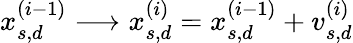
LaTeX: \begin{array}{r}{x_{s,d}^{(i-1)}\longrightarrow x_{s,d}^{(i)}=x_{s,d}^{(i-1)}+v_{s,d}^{(i)}}\end{array}